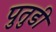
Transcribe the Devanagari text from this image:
पुतुडी